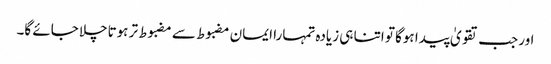
اور جب تقویٰ پیدا ہوگا تو اتنا ہی زیادہ تمہارا ایمان مضبوط سے مضبوط تر ہوتاچلا جائے گا۔